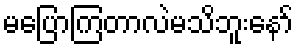
မပြောကြတာလဲမသိဘူးနော်